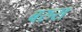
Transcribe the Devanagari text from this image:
बरुस